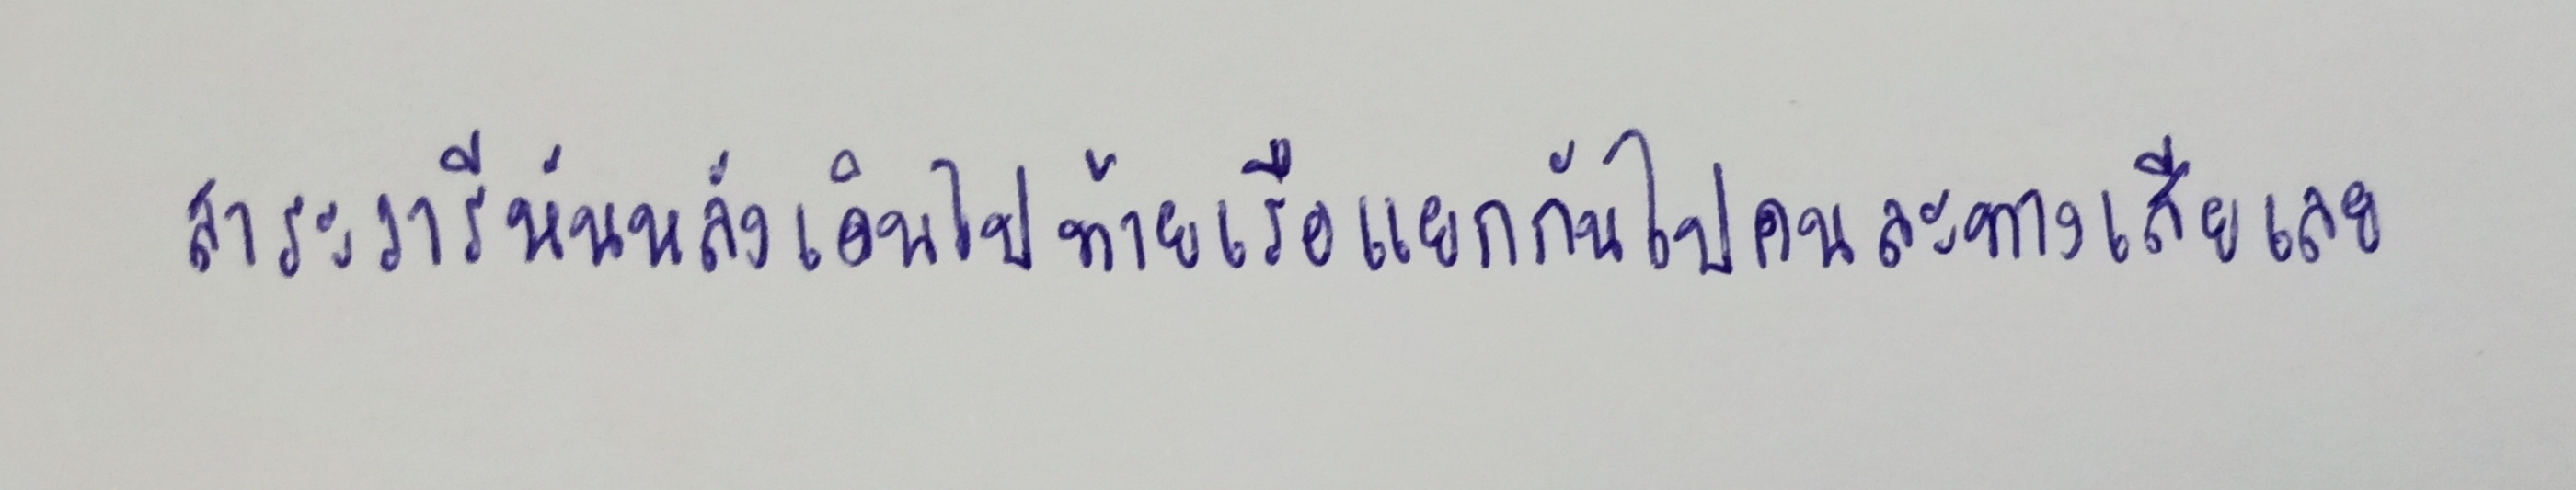
สาระวารีหันหลังเดินไปท้ายเรือแยกกันไปคนละทางเสียเลย